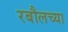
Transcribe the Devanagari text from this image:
रबौलच्या